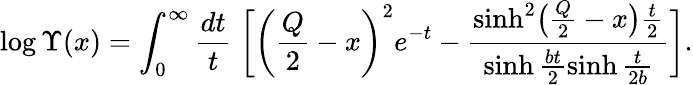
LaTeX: \log\Upsilon(x)=\int_{0}^{\infty}\frac{dt}{t}\; \biggl[\biggl(\frac{Q}{2}-x\biggr)^{2}e^{-t}-\frac{\sinh^{2}\bigl(\frac{Q}{2}-x\bigr)\frac{t}{2}}{\sinh\frac{bt}{2}\sinh\frac{t}{2b}}\biggr].